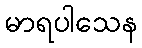
မာရပါသေန